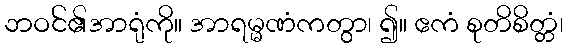
ဘဝင်၏အာရုံကို။ အာရမ္မဏံကတွာ၊ ၍။ ဧကံ စုတိစိတ္တံ၊